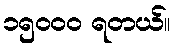
၁၅၀၀၀ ရတယ်။